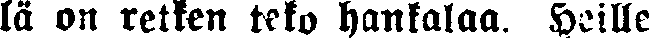
lä on retken teko hankalaa. Heille